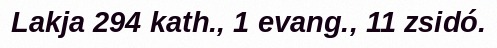
Lakja 294 kath., 1 evang., 11 zsidó.